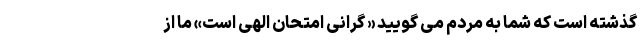
گذشته است که شما به مردم می گویید « گرانی امتحان الهی است» ما از